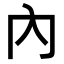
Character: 內